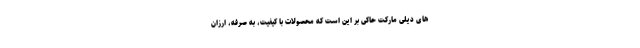
های دیلی مارکت حاکی بر این است که محصولات با کیفیت، به صرفه، ارزان